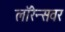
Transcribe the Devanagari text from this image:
लॉरेन्सवर